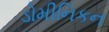
ડોમીનિકન